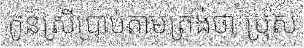
កូនស្រីប្រាប់តាមត្រង់ថា ប្រុស